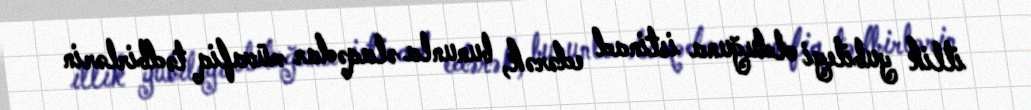
illik yubileyi olduğuna istinad edərək, bununla əlaqədar müvafiq tədbirlərin